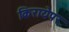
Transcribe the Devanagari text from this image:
किरायेपर